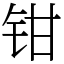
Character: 钳